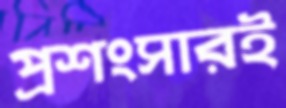
প্রশংসারই